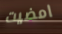
امضيت